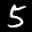
Label: 5